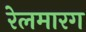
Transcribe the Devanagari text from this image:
रेलमारग